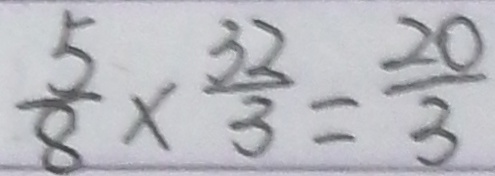
\frac { 5 } { 8 } \times \frac { 3 2 } { 3 } = \frac { 2 0 } { 3 }